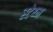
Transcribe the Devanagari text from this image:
स्टेथ्म